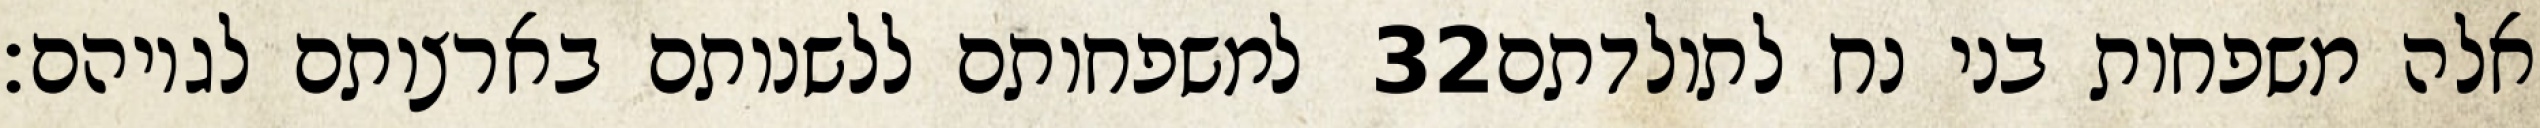
למשפחותם ללשנותם בארצותם לגויהם׃ ‎32‏ אלה משפחות בני נח לתולדתם